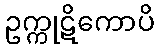
ဥက္ကုဋိကောပိ